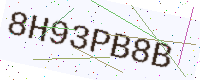
Text: 8H93PB8B